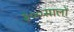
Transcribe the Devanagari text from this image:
३००सालों